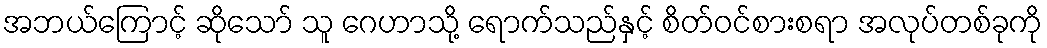
အဘယ်ကြောင့် ဆိုသော် သူ ဂေဟာသို့ ရောက်သည်နှင့် စိတ်ဝင်စားစရာ အလုပ်တစ်ခုကို